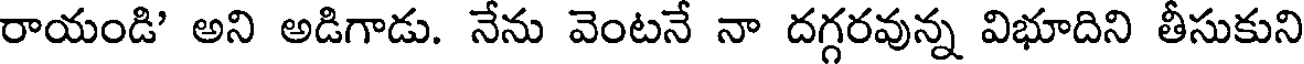
రాయండి' అని అడిగాడు. నేను వెంటనే నా దగ్గరవున్న విభూదిని తీసుకుని